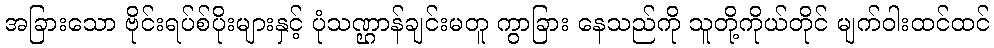
အခြားသော ဗိုင်းရပ်စ်ပိုးများနှင့် ပုံသဏ္ဌာန်ချင်းမတူ ကွာခြား နေသည်ကို သူတို့ကိုယ်တိုင် မျက်ဝါးထင်ထင်